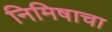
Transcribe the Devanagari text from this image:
निमिषाचा